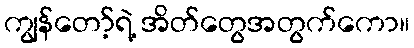
ကျွန်တော့်ရဲ့ အိတ်တွေအတွက်ကော။